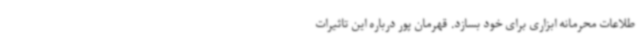
طلاعات محرمانه ابزاری برای خود بسازد. قهرمان پور درباره این تاثیرات